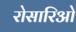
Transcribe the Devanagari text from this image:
रोसारिओ